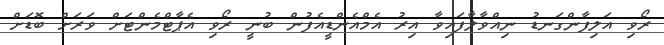
ރޯވި އަލިފާންގަނޑު ނިއްވާލާފައިވާ އިރު އެމްއެންޑީއެފުން ބުނީ ރޯވި އެޕާޓްމެންޓަށް ވަރަށް ބޮޑަށް